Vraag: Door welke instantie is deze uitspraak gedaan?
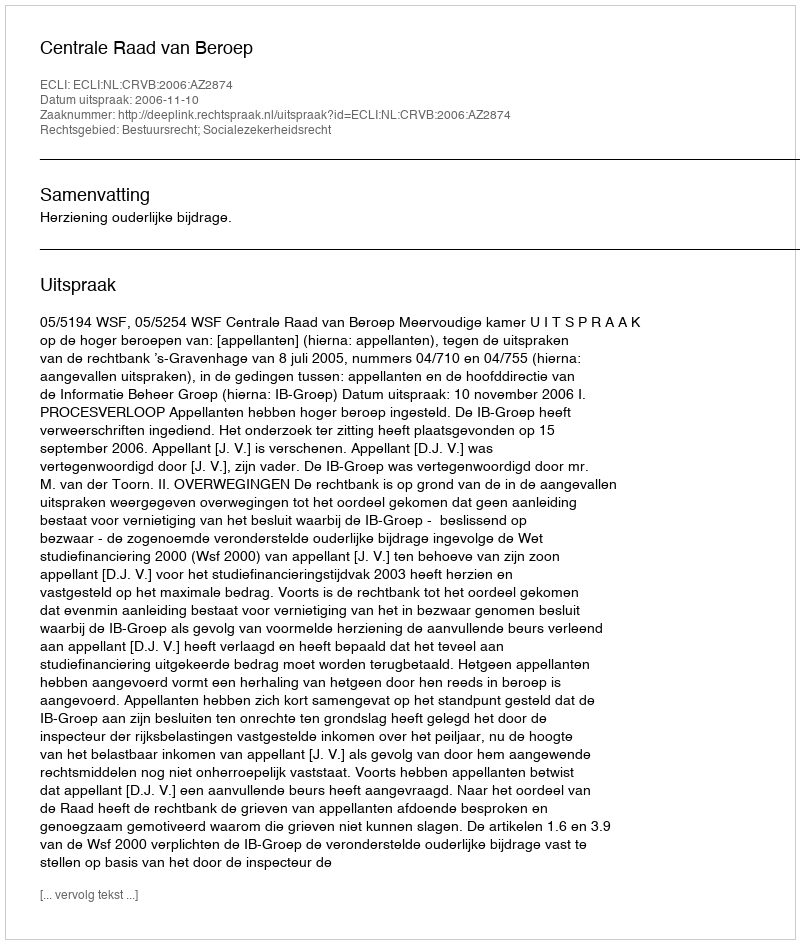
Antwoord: Centrale Raad van Beroep